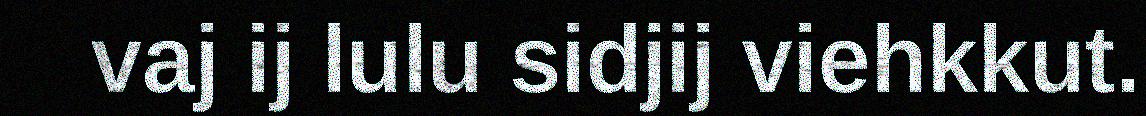
vaj ij lulu sidjij viehkkut.